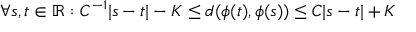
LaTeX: \forall s , t \in \mathbb { R } : C ^ { - 1 } | s - t | - K \leq d ( \phi ( t ) , \phi ( s ) ) \leq C | s - t | + K